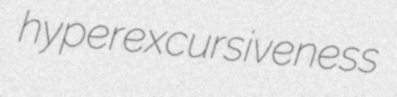
hyperexcursiveness